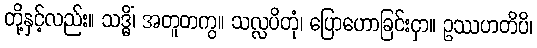
တို့နှင့်လည်း။ သဒ္ဓိံ၊ အတူတကွ။ သလ္လပိတုံ၊ ပြောဟောခြင်းငှာ။ ဥဿဟတိပိ၊